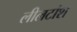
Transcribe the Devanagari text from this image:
लीलटांश